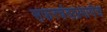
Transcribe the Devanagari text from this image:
सफरचंदाप्रमाणेच